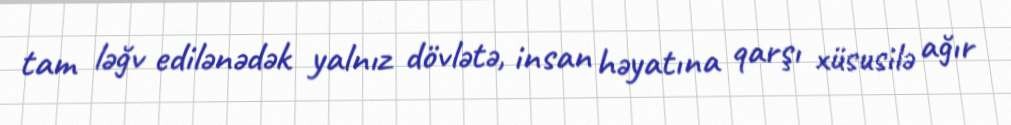
tam ləğv edilənədək yalnız dövlətə, insan həyatına qarşı xüsusilə ağır